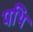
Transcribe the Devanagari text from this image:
पथि